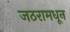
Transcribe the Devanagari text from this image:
जठरामधून